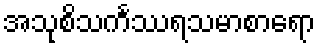
အသုစိသင်္ကဿရသမာစာရော